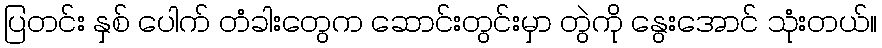
ပြတင်း နှစ် ပေါက် တံခါးတွေက ဆောင်းတွင်းမှာ တွဲကို နွေးအောင် သုံးတယ်။